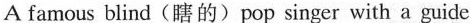
A famous blind(瞎的)pop singer with a guide